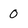
Character: 0